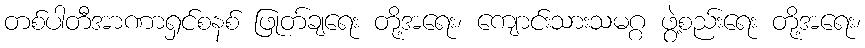
တစ်ပါတီအာဏာရှင်စနစ် ဖြုတ်ချရေး တို့အရေး၊ ကျောင်းသားသမဂ္ဂ ဖွဲ့စည်းရေး တို့အရေး၊